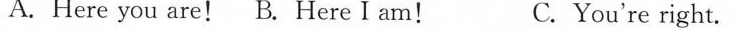
A. Here you are! B. Here I am! C.You're right.